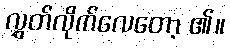
လွှတ်လိုက်လေတော့ ၏။